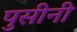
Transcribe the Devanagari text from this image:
पुसीनी